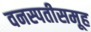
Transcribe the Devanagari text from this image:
वनस्पतीसमूह